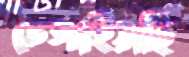
ভেঙ্গাইয়াছি